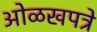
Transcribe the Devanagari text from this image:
ओळखपत्रे